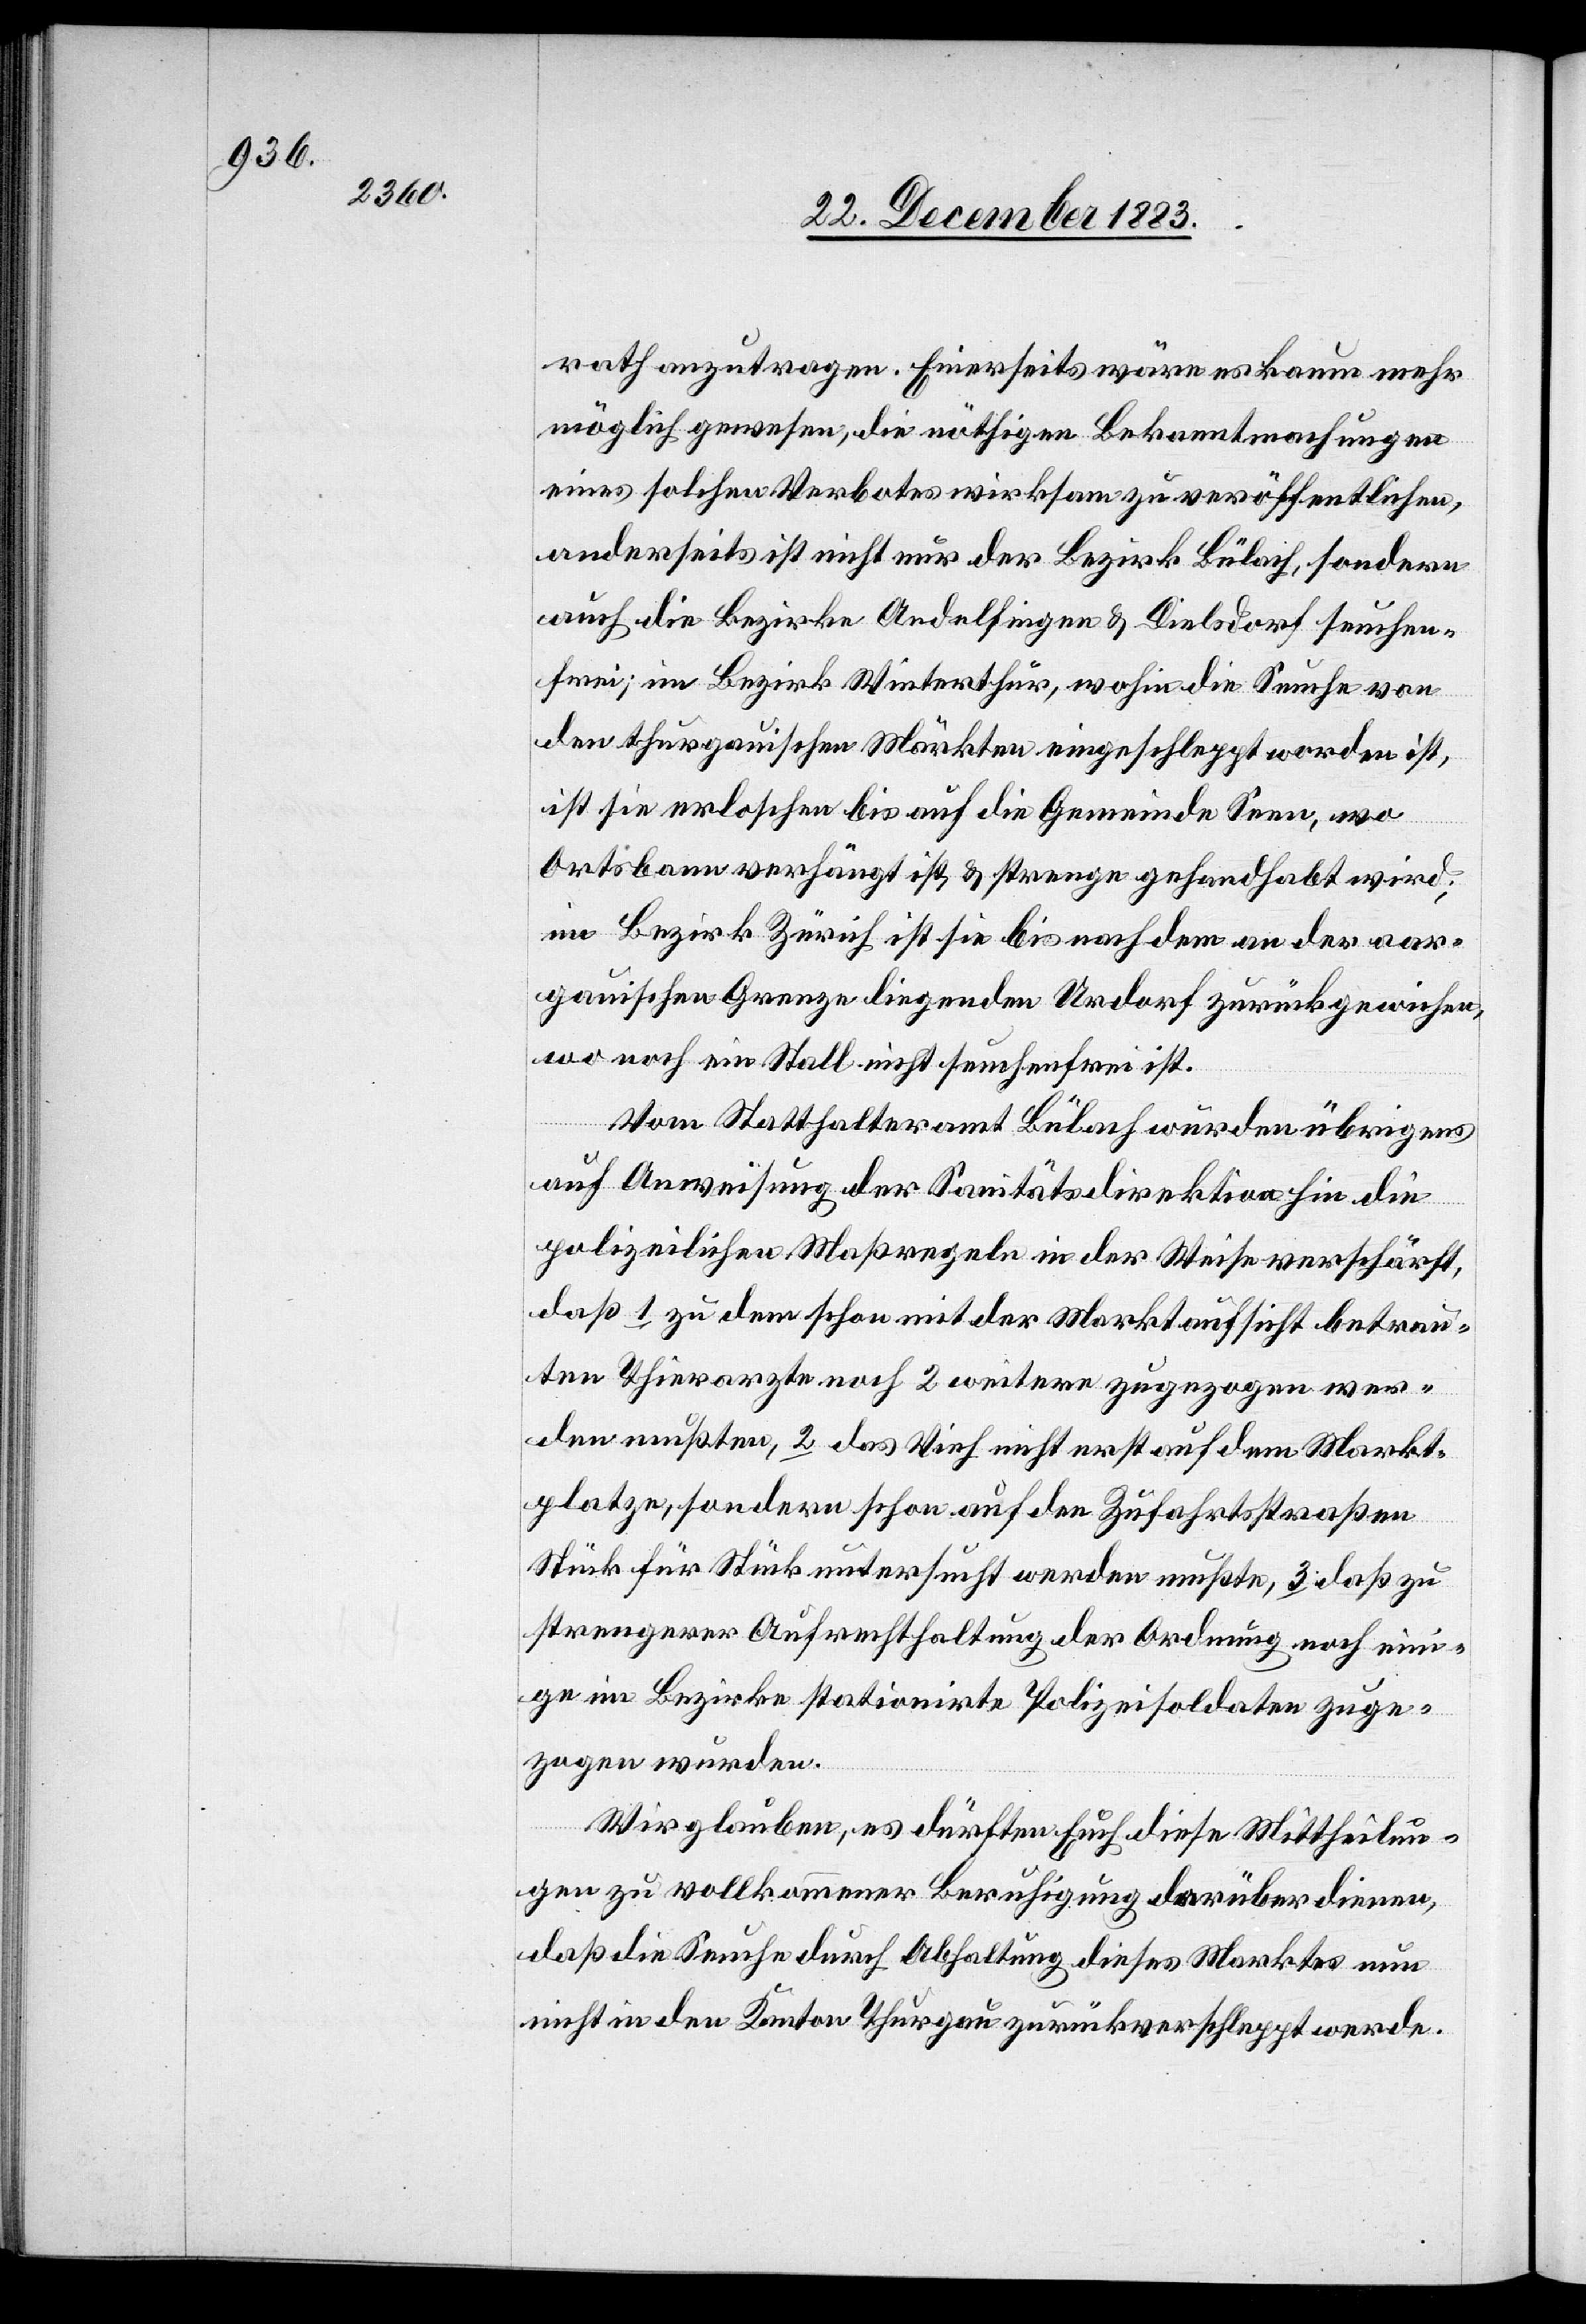
rath anzutragen. Einerseits wäre es kaum mehr
möglich gewesen, die nöthigen Bekanntmachungen
eines solchen Verbotes wirksam zu veröffentlichen,
anderseits ist nicht nur der Bezirk Bülach, sondern
auch die Bezirke Andelfingen & Dielsdorf seuchen¬
frei; im Bezirk Winterthur, wohin die Seuche von
den thurgauischen Märkten eingeschleppt worden ist,
ist sie erloschen bis auf die Gemeinde Seen, wo
Ortsbann verhängt ist & strenge gehandhabt wird;
im Bezirk Zürich ist sie bis nach dem an der aar¬
gauischen Grenze liegenden Urdorf zurückgewiesen,
wo noch ein Stall nicht seuchenfrei ist.
Vom Statthalteramt Bülach wurden übrigens
auf Anweisung der Sanitätsdirektion für die
polizeilichen Maßregeln in der Weise verschärft,
daß 1 zu dem schon mit der Marktaufsicht betrau¬
ten Thierarzte noch 2 weitere zugezogen wer¬
den mußten, 2 das Vieh nicht erst auf dem Markt¬
platze, sondern schon auf den Zufahrtsstraßen
Stück für Stück untersucht werden mußte, 3 daß zu
strengerer Aufrechthaltung der Ordnung noch eini¬
ge im Bezirke stationirte Polizeisoldaten zuge¬
zogen wurden.
Wir glauben, es dürften Euch diese Mittheilun¬
gen zu vollkommener Beruhigung darüber dienen,
daß die Seuche durch Abhaltung dieses Marktes nun
nicht in den Kanton Thurgau zurückverschleppt werde.